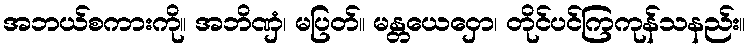
အဘယ်စကားကို။ အဘိဏှံ၊ မပြတ်။ မန္တယေဝှော၊ တိုင်ပင်ကြကုန်သနည်း။